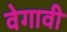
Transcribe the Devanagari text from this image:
वेगावी